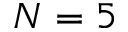
N = 5